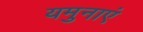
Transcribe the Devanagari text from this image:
यमुनाएं